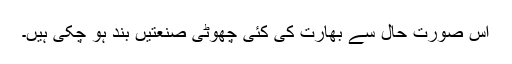
اس صورت حال سے بھارت کی کئی چھوٹی صنعتیں بند ہو چکی ہیں۔